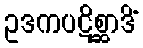
ဥဒကပဋိစ္ဆာဒိံ